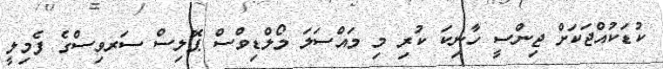
ކުޑަކުއްޖަކަށް ޖިންސީ ހާނިކަ ކުރި މި މައްސަލަ މޯލްޑިވްސް ޕޮލިސް ސަރވިސްގެ ފެމިލީ